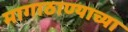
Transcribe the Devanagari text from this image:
मागाठाण्याच्या